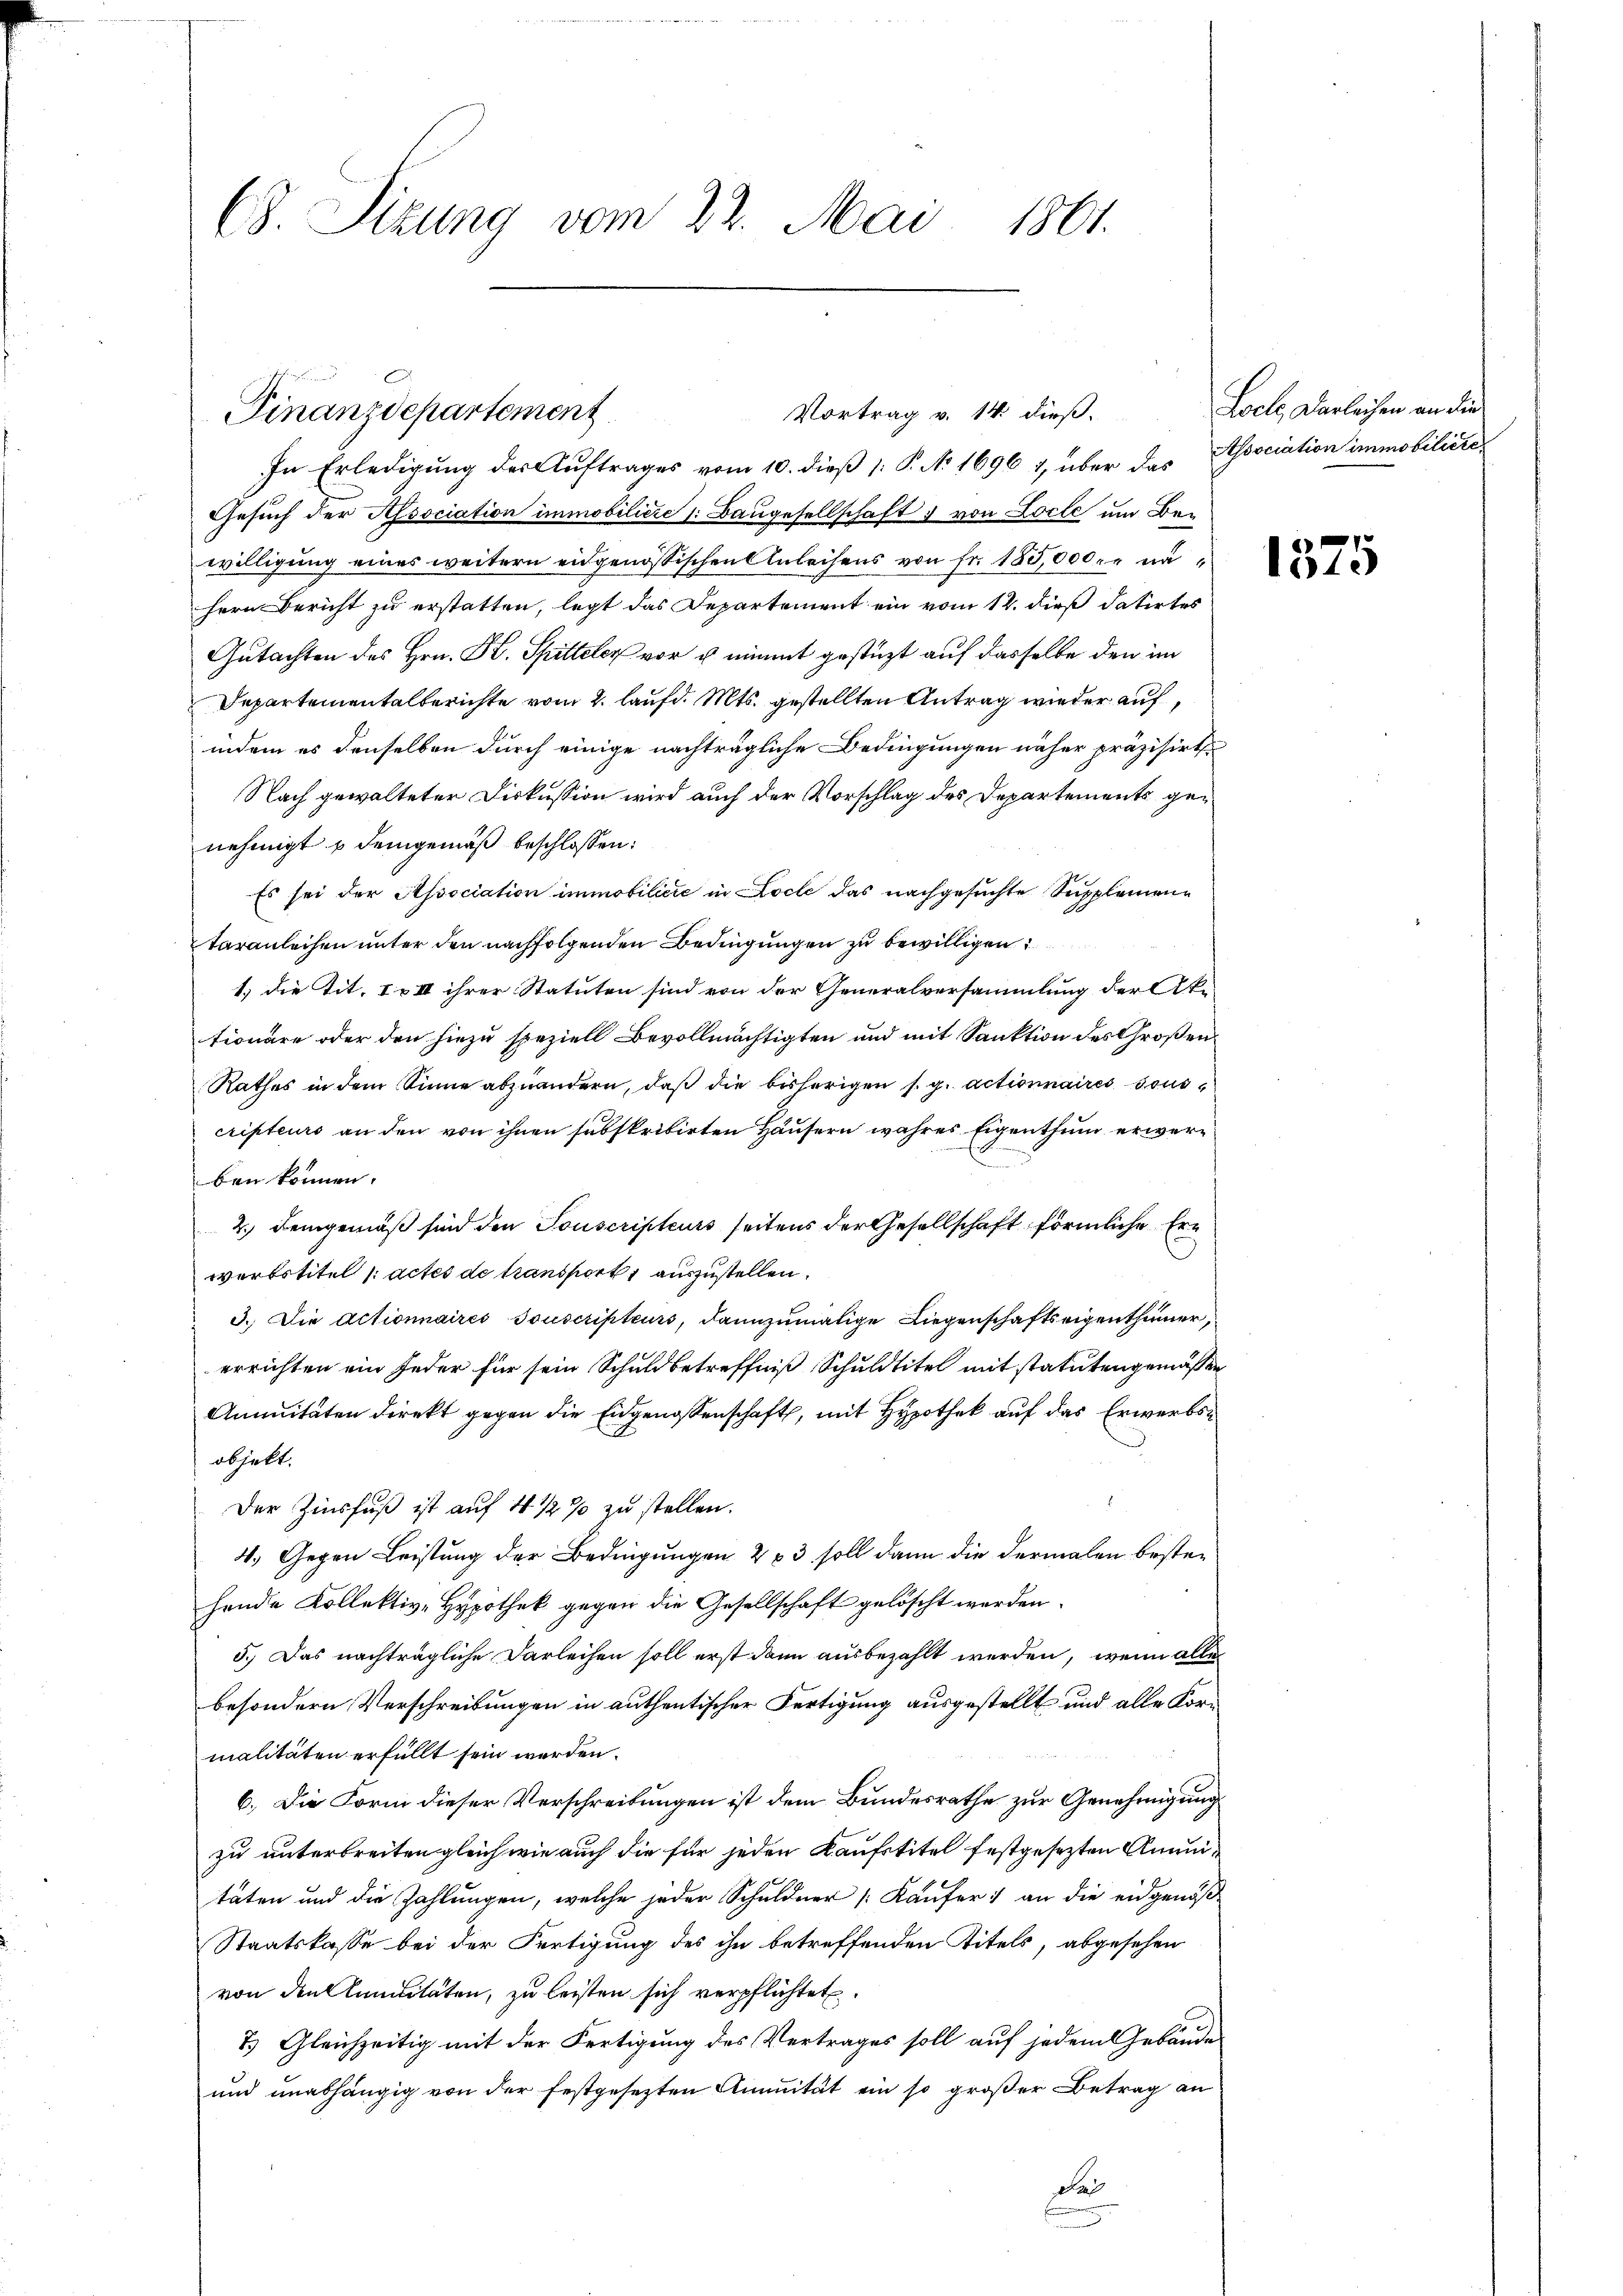
C. Sizung vom 22. Mai 1861.

Finanzdepartement

Vortrag v. 14. dieß.

In Erledigung der Auftrages vom 10. dieß 1: P. No 1696 7, über das Association immobiliere,
Gesuch der Association immobilisie /: Baugesellschaft  von Locte um Bewilligung eines weitern eidgenössischen Anleihens von fr. 183,000. r nähern Bericht zu erstatten, legt das Departement ein vom 12. dieß datirtes
Gutachten des Hrn. K. Spitteler vor u. nimmt gestüzt auf dasselbe den im
Departementalberichte vom 2. lauf d. Mts. gestellten Antrag wieder auf,
indem es denselben durch einige nachträgliche Bedingungen näher präzisirt.
Nach gewalteter Diskussion wird auch der Vorschlag des Departements genehmigt u demgemäß beschlossen:
Es sei der Association immobiličić in Loche das nachgesuchte Supplementaranleihen unter den nachfolgenden Bedingungen zu bewilligen
1) die Tit. I & III ihrer Statuten sind von der Generalversammlung der Aktionäre oder den hiezu speziell Bevollmächtigten und mit Sanktion des Großen
Rathes in dem Sinne abzuändern, daß die bisherigen s. g. actionnaires sous
cripteurs an den von ihnen subskribirten Häusern wahres Eigenthum erwerben können.
2.) Demgemäß sind den Touscripteurs seitens der Gesellschaft förmliche Erwerbstitel „actes de transport auszustellen.
3. Die Actionnaires Souscripteurs, dannzumalige Liegenschaftseigenthümer,
errichten ein jeder für sein Schuldbetreffniß Schuldtitel mit statuten gemäßen
Annitäten direkt gegen die Eidgenossenschaft, mit Hypothek auf das Erwerbsobjekt.
Der Zinsfuß ist auf 4 1/2 % zu stellen.
4. Gegen Leistung der Bedingungen 283 soll dann die dermalen bestehende Kollektiv-Hypothek gegen die Gesellschaft gelöscht werden.
5.) Das nachträgliche Darleihen soll erst dann ausbezahlt werden, wenn alle
besondern Verschreibungen in authentischer Fertigung ausgestellt und alle Kormalitäten erfüllt sein werden.
6. Die Form dieser Verschreibungen ist dem Bundesrathe zur Genehmigung
zu unterbreiten gleich wie auch die für jeden Kaufstitel festgesezten Annuitäten und die Zahlungen, welche jeder Schuldner [Käufer an die eidgenöß
Staatskasse bei der Fertigung des ihn betreffenden Titels, abgesehen
von denklunitäten, zu leisten sich verpflichtet.
7) Gleichzeitig mit der Fertigung des Vertrages soll auf jedem Gebäude
und unabhängig von der festgesezten Annuität ein so großer Betrag an
des
.

Loele Darleihen an die

1575